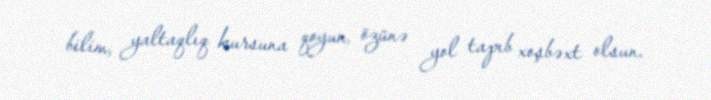
bilim, yaltaqlıq kursuna qoyun, özünə yol tapıb xoşbəxt olsun.